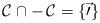
LaTeX: \begin{align*}\cal C \cap -\, \cal C = \{\vec 0\}\end{align*}